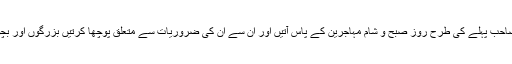
تعجب کی بات تو یہ تھی کہ بیگم صاحب پہلے کی طرح روز صبح و شام مہاجرین کے پاس آتیں اور ان سے ان کی ضروریات سے متعلق پوچھا کرتیں بزرگوں اور بچوں سے خاص محبت سے پیش آتیں۔